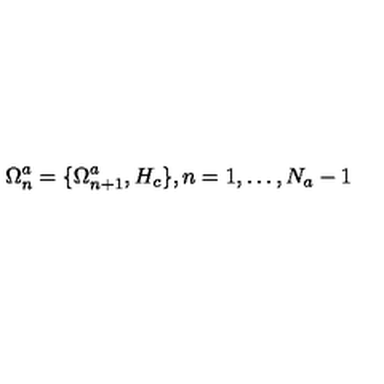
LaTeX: \Omega _ { n } ^ { a } = \{ \Omega _ { n + 1 } ^ { a } , H _ { c } \} , n = 1 , \ldots , N _ { a } - 1